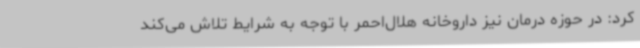
کرد: در حوزه درمان نیز داروخانه هلال‌احمر با توجه به شرایط تلاش می‌کند